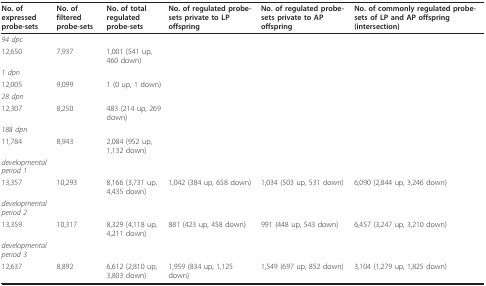
<table><thead><tr><td><b>No. of expressed probe-sets</b></td><td><b>No. of filtered probe-sets</b></td><td><b>No. of total regulated probe-sets</b></td><td><b>No. of regulated probe-sets private to LP offspring</b></td><td><b>No. of regulated probe-sets private to AP offspring</b></td><td><b>No. of commonly regulated probe-sets of LP and AP offspring (intersection)</b></td></tr></thead><tbody><tr><td><i>94 dpc</i></td><td></td><td></td><td></td><td></td><td></td></tr><tr><td>12,650</td><td>7,937</td><td>1,001 (541 up, 460 down)</td><td></td><td></td><td></td></tr><tr><td><i>1 dpn</i></td><td></td><td></td><td></td><td></td><td></td></tr><tr><td>12,005</td><td>9,099</td><td>1 (0 up, 1 down)</td><td></td><td></td><td></td></tr><tr><td><i>28 dpn</i></td><td></td><td></td><td></td><td></td><td></td></tr><tr><td>12,307</td><td>8,250</td><td>483 (214 up, 269 down)</td><td></td><td></td><td></td></tr><tr><td><i>188 dpn</i></td><td></td><td></td><td></td><td></td><td></td></tr><tr><td>11,784</td><td>8,943</td><td>2,084 (952 up, 1,132 down)</td><td></td><td></td><td></td></tr><tr><td><i>developmental period 1</i></td><td></td><td></td><td></td><td></td><td></td></tr><tr><td>13,357</td><td>10,293</td><td>8,166 (3,731 up, 4,435 down)</td><td>1,042 (384 up, 658 down)</td><td>1,034 (503 up, 531 down)</td><td>6,090 (2,844 up, 3,246 down)</td></tr><tr><td><i>developmental period 2</i></td><td></td><td></td><td></td><td></td><td></td></tr><tr><td>13,359</td><td>10,317</td><td>8,329 (4,118 up, 4,211 down)</td><td>881 (423 up, 458 down)</td><td>991 (448 up, 543 down)</td><td>6,457 (3,247 up, 3,210 down)</td></tr><tr><td><i>developmental period 3</i></td><td></td><td></td><td></td><td></td><td></td></tr><tr><td>12,637</td><td>8,892</td><td>6,612 (2,810 up, 3,803 down)</td><td>1,959 (834 up, 1,125 down)</td><td>1,549 (697 up, 852 down)</td><td>3,104 (1,279 up, 1,825 down)</td></tr></tbody></table>